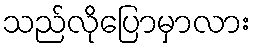
သည်လိုပြောမှာလား